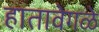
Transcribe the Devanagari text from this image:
हातावेगळे